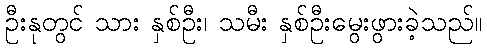
ဦးနုတွင် သား နှစ်ဦး၊ သမီး နှစ်ဦးမွေးဖွားခဲ့သည်။